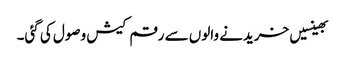
بھینسیں خریدنے والوں سے رقم کیش وصول کی گئی۔